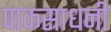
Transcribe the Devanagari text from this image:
पाकसाधनी